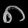
Digit: ၈